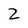
Character: 2